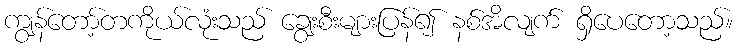
ကျွန်တော့်တကိုယ်လုံးသည် ချွေးစီးများပြန်၍ နစ်အိလျက် ရှိပေတော့သည်။